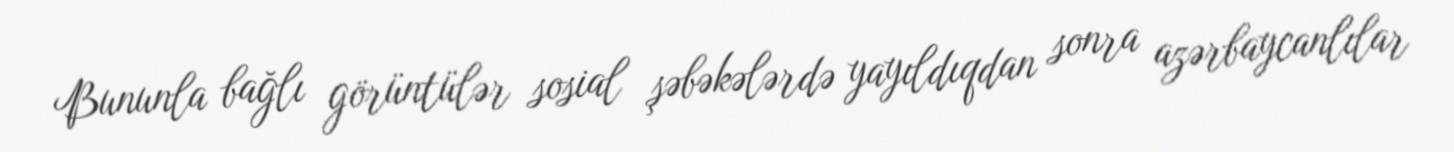
Bununla bağlı görüntülər sosial şəbəkələrdə yayıldıqdan sonra azərbaycanlılar